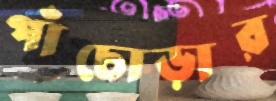
পাঁচোড়ার